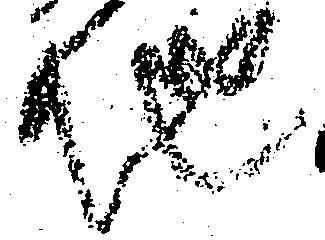
地